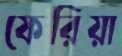
ফেরিয়া